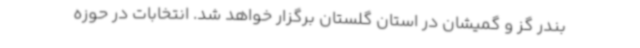
بندر گز و گمیشان در استان گلستان برگزار خواهد شد. انتخابات در حوزه